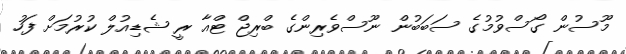
މޫސުން ގޯސްވުމުގެ ސަބަބުން ނޫސްވެރިންގެ ބްރިޖް ޓްއާ ރީ ޝެޑިއުލް ކުރުމަށް ފަހު